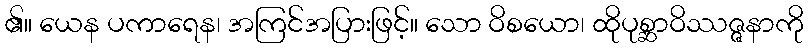
၏။ ယေန ပကာရေန၊ အကြင်အပြားဖြင့်။ သော ဝိစယော၊ ထိုပုစ္ဆာဝိဿဇ္ဇနာကို